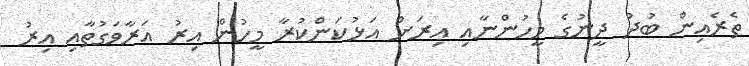
ތެރެއިން ބުދު ދީނުގެ މީހުންނާއި އިރަށް އަޅުކަންކުރާ މީހުން އިރު އަރާވަގުތާއި އިރު